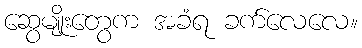
ဆွေမျိုးတွေက အခံရ ခက်လေလေ။